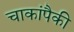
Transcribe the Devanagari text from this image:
चाकांपैकी